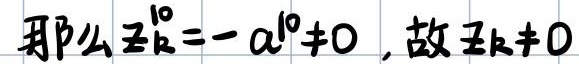
那么 $z_{k}^{10}=-a^{10}\neq 0$ , 故 $z_{k}\neq 0$